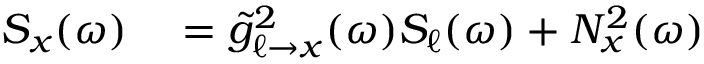
\begin{array} { r l } { S _ { x } ( \omega ) } & { { } = \tilde { g } _ { \ell \to x } ^ { 2 } ( \omega ) S _ { \ell } ( \omega ) + N _ { x } ^ { 2 } ( \omega ) } \end{array}